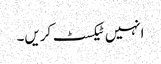
انہیں ٹیکسٹ کریں۔